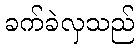
ခက်ခဲလှသည်